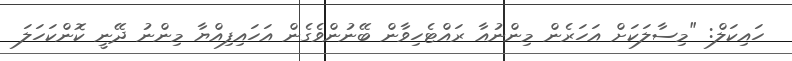
ހައިކަލް: "މިސާލަކަށް އަހަރެން މިންނުއާ ރައްޓެހިވާން ބޭނުންވެގެން އަހައިފިއްޔާ މިންނު ދޭނީ ކޮންކަހަލަ